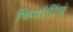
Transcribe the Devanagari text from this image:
फिर्यादींचं